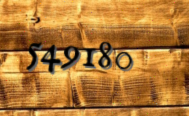
549180